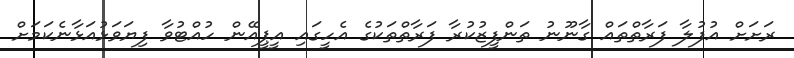
ރަށަށް އުފުލާ ފަރާތްތައް ގާނޫނު ތަންފީޒުކުރާ ފަރާތްތަކުގެ އެހީގައި އީޕީއޭން ހުއްޓުވާ ފިޔަވަޅުއަޅާނެކަމަށް